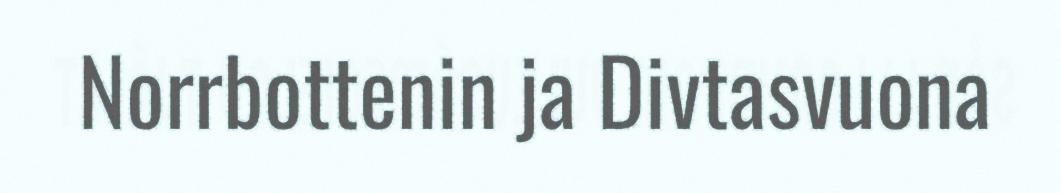
Norrbottenin ja Divtasvuona